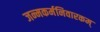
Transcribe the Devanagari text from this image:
जन्मकर्मनिवारकम्